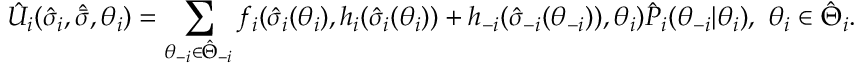
\hat { U } _ { i } ( \hat { \sigma } _ { i } , \hat { \bar { \sigma } } , \theta _ { i } ) = \sum _ { \theta _ { - i } \in \hat { \Theta } _ { - i } } f _ { i } ( \hat { \sigma } _ { i } ( \theta _ { i } ) , h _ { i } ( \hat { \sigma } _ { i } ( \theta _ { i } ) ) + h _ { - i } ( \hat { \sigma } _ { - i } ( \theta _ { - i } ) ) , \theta _ { i } ) \hat { P } _ { i } ( \theta _ { - i } | \theta _ { i } ) , \ \theta _ { i } \in \hat { \Theta } _ { i } .